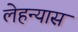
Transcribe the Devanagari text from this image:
लेहन्यास